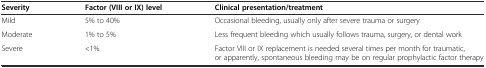
| Severity | Factor (VIII or IX) level | Clinical presentation/treatment |
 | --- | --- | --- |
 | Mild | 5% to 40% | Occasional bleeding, usually only after severe trauma or surgery |
 | Moderate | 1% to 5% | Less frequent bleeding which usually follows trauma, surgery, or dental work |
 | Severe | <1% | Factor VIII or IX replacement is needed several times per month for traumatic, or apparently, spontaneous bleeding may be on regular prophylactic factor therapy |